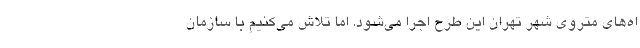
اه‌های متروی شهر تهران این طرح اجرا می‌شود. اما تلاش می‌کنیم با سازمان